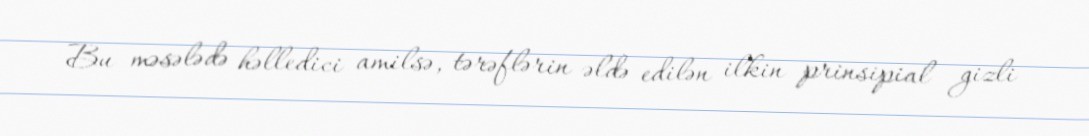
Bu məsələdə həlledici amilsə, tərəflərin əldə edilən ilkin prinsipial gizli